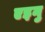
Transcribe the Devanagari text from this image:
एइनु